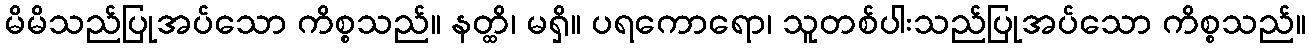
မိမိသည်ပြုအပ်သော ကိစ္စသည်။ နတ္ထိ၊ မရှိ။ ပရကောရော၊ သူတစ်ပါးသည်ပြုအပ်သော ကိစ္စသည်။